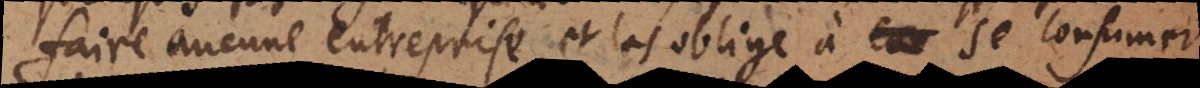
faire aucune entreprise, et les oblige à se consu